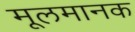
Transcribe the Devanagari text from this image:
मूलमानक